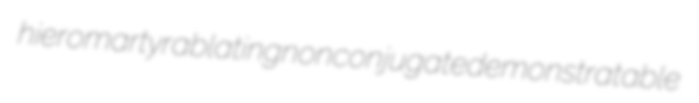
hieromartyr ablating nonconjugate demonstratable